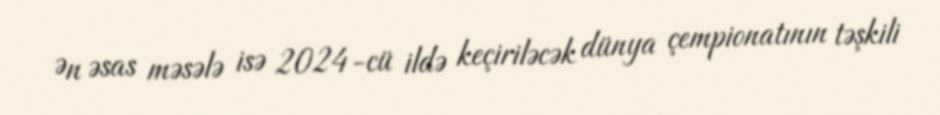
Ən əsas məsələ isə 2024-cü ildə keçiriləcək dünya çempionatının təşkili